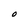
Character: O